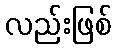
လည်းဖြစ်